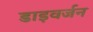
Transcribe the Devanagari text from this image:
डाइवर्जन